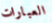
العبارات